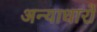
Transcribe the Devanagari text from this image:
अन्याधारों